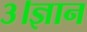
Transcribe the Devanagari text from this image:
३।ज्ञान